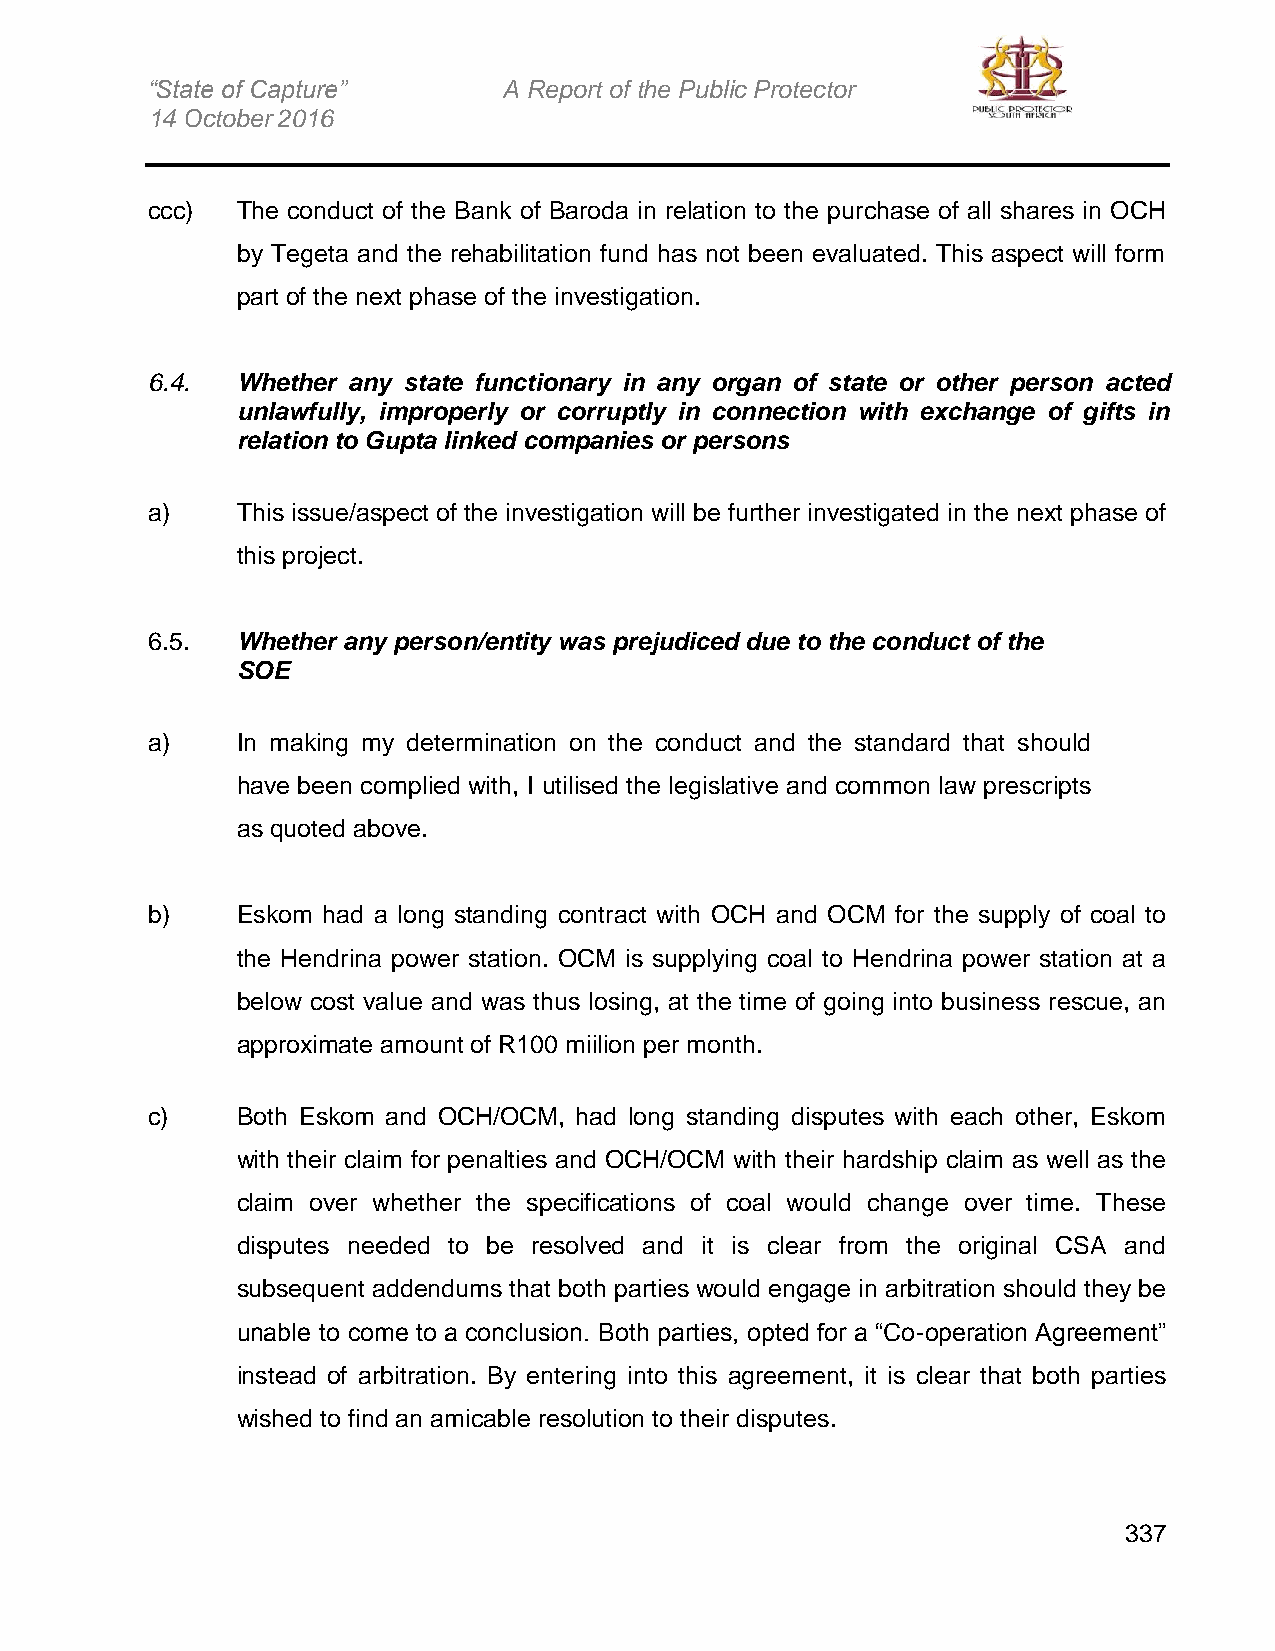
“State of Capture”     A Report of the Public Protector
 14 October 2016
 ccc)  The conduct of the Bank of Baroda in relation to the purchase of all shares in OCH
 by Tegeta and the rehabilitation fund has not been evaluated. This aspect will form
 part of the next phase of the investigation.
 6.4.  Whether any state functionary in any organ of state or other person acted
 unlawfully, improperly or corruptly in connection with exchange of gifts in
 relation to Gupta linked companies or persons
 a)    This issue/aspect of the investigation will be further investigated in the next phase of
 this project.
 6.5.  Whether any person/entity was prejudiced due to the conduct of the
 SOE
 a)    In making my determination on the conduct and the standard that should
 have been complied with, I utilised the legislative and common law prescripts
 as quoted above.
 b)    Eskom had a long standing contract with OCH and OCM for the supply of coal to
 the Hendrina power station. OCM is supplying coal to Hendrina power station at a
 below cost value and was thus losing, at the time of going into business rescue, an
 approximate amount of R100 miilion per month.
 c)    Both Eskom and OCH/OCM, had long standing disputes with each other, Eskom
 with their claim for penalties and OCH/OCM with their hardship claim as well as the
 claim over whether the specifications of coal would change over time. These
 disputes needed to be resolved and it is clear from the original CSA and
 subsequent addendums that both parties would engage in arbitration should they be
 unable to come to a conclusion. Both parties, opted for a “Co-operation Agreement”
 instead of arbitration. By entering into this agreement, it is clear that both parties
 wished to find an amicable resolution to their disputes.
 337